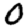
Digit: 0